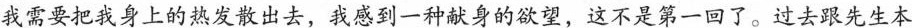
我需要把我身上的热发散出去，我感到一种献身的欲望。这不是第一回了。过去跟先生本